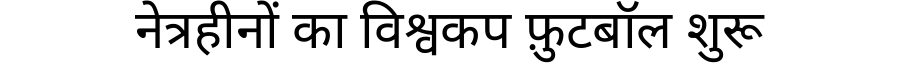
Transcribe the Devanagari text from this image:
नेत्रहीनों का विश्वकप फ़ुटबॉल शुरू